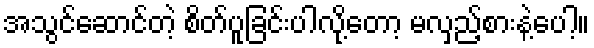
အသွင်ဆောင်တဲ့ စိတ်ပူခြင်းပါလို့တော့ မလှည့်စားနဲ့ပေါ့။